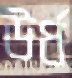
উর্ধ